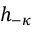
h _ { - \kappa }